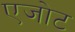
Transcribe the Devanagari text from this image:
एजोट